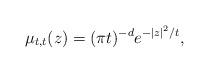
LaTeX: \begin{align*}\mu_{t,t}(z)=(\pi t)^{-d}e^{-\left\vert z\right\vert ^{2}/t},\end{align*}